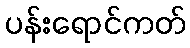
ပန်းရောင်ကတ်